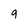
Character: 9